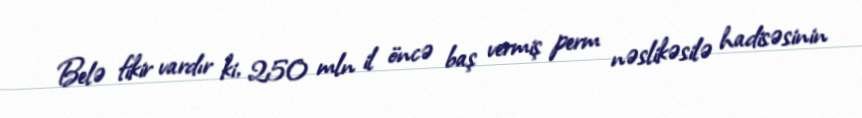
Belə fikir vardır ki, 250 mln il öncə baş vermiş perm nəslikəsilə hadisəsinin